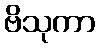
ဗိသုကာ